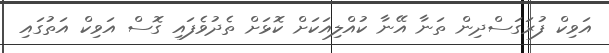
އަވިކް ފުރަަގަސްދިން ތަނާ އޭނާ ކުއްލިއަކަށް ކޮޅަށް ތެދުވެފައި ގޮސް އަވިކް އަތުގައި